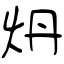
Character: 炿